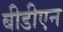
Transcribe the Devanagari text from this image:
बीडीएन